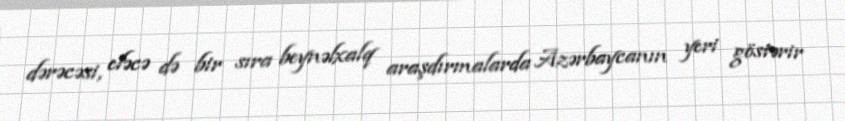
dərəcəsi, eləcə də bir sıra beynəlxalq araşdırmalarda Azərbaycanın yeri göstərir